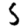
Digit: 5